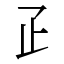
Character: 𤴔